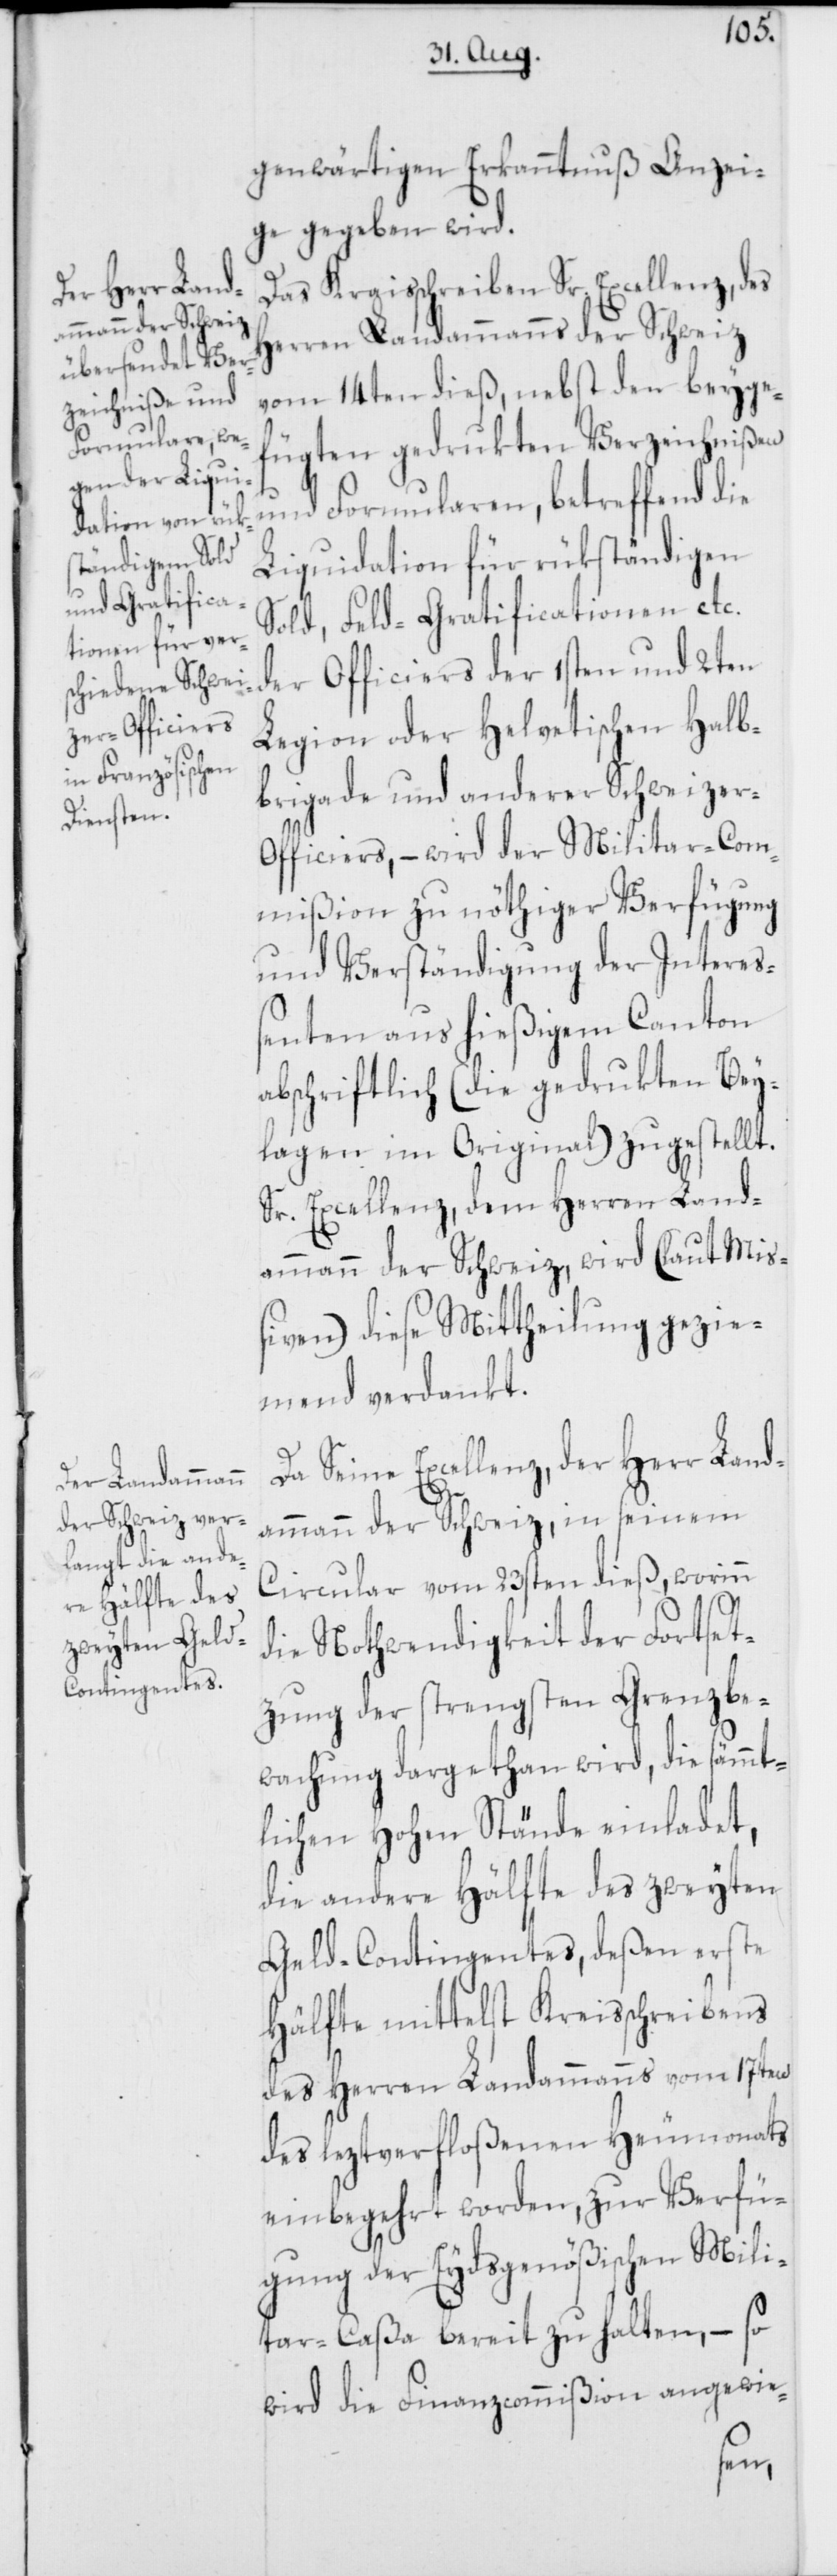
ammann der Schwei¬

genwärtigen Erkanntnuß Anzei¬
ge gegeben wird.
Das Kraisschreiben Sr. Excellenz, des
Herren Landammanns der Schweiz
vom 14ten dieß, nebst den beyge¬
fügten gedrukten Verzeichnißen
und Formularen, betreffend die
Liquidation für rükständigen
Sold, Feld-Gratificationen etc.
der Officiers der 1sten und 2ten
Legion oder Helvetischen Halb¬
brigade und anderer Schweizer-O¬
fficiers, – wird der Militar-Com¬
mißion zu nöthiger Verfügung
und Verständigung der Intere¬
ßenten aus hießigem Canton
abschriftlich (die gedrukten Bey¬
lagen im Original) zugestellt.
Sr. Excellenz, dem Herren Landa¬
mmann der Schweiz, wird (laut Miß¬
iven) diese Mittheilung gezie¬
mend verdankt.
Da Seine Excellenz, der Herr Land¬
in
Circular vom 23sten dieß, worinn
die Nothwendigkeit der Fortset¬
zung der strengsten Grenzbe¬
wachung dargethan wird, die sämmt¬
lichen Hohen Stände einladet,
die andere Hälfte des zweyten
Geld-Contingentes, deßen erste
Hälfte mittelst Kreisschreibens
des Herren Landammanns vom 17ten
des leztverfloßenen Heumonats
einbegehrt worden, zur Verfü¬
gung der Eydsgenößischen Mili¬
tar-Caßa bereit zu halten, – so
wird die Finanzcommißion angewie-